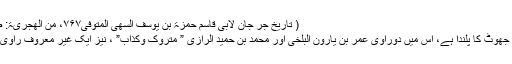
( تاریخ جر جان لابی قاسم حمزۃ بن یوسف السھی المتوفی۷۶۷، من الھجریۃ: ص ۲۷۵)
یہ روایت جھوٹ کا پلندا ہے، اس میں دوراوی عمر بن یارون البلخی اور محمد بن حمید الرازی ” متروک وکذاب” ، نیز ایک غیر معروف راوی بھی ہے۔